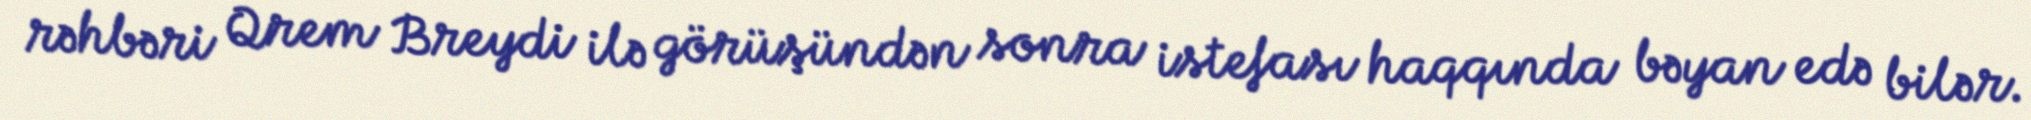
rəhbəri Qrem Breydi ilə görüşündən sonra istefası haqqında bəyan edə bilər.